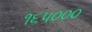
૧૬૫૦૦૦